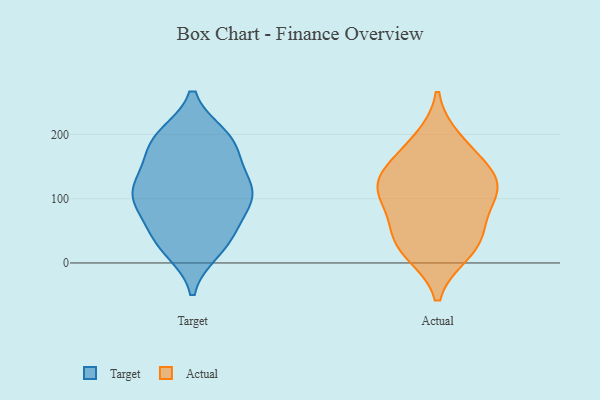
{"axis": {"x": "Energy Usage (MWh)", "y": "Value"}, "legend": ["Actual", "Target"], "data": [{"x": "", "y": 43, "type": "Target"}, {"x": "", "y": 108, "type": "Target"}, {"x": "", "y": 93, "type": "Target"}, {"x": "", "y": 20, "type": "Target"}, {"x": "", "y": 103, "type": "Target"}, {"x": "", "y": 195, "type": "Target"}, {"x": "", "y": 126, "type": "Target"}, {"x": "", "y": 123, "type": "Target"}, {"x": "", "y": 48, "type": "Target"}, {"x": "", "y": 159, "type": "Target"}, {"x": "", "y": 97, "type": "Target"}, {"x": "", "y": 193, "type": "Target"}, {"x": "", "y": 191, "type": "Target"}, {"x": "", "y": 168, "type": "Target"}, {"x": "", "y": 20, "type": "Target"}, {"x": "", "y": 121, "type": "Target"}, {"x": "", "y": 94, "type": "Target"}, {"x": "", "y": 49, "type": "Target"}, {"x": "", "y": 197, "type": "Target"}, {"x": "", "y": 107, "type": "Actual"}, {"x": "", "y": 118, "type": "Actual"}, {"x": "", "y": 122, "type": "Actual"}, {"x": "", "y": 47, "type": "Actual"}, {"x": "", "y": 107, "type": "Actual"}, {"x": "", "y": 166, "type": "Actual"}, {"x": "", "y": 191, "type": "Actual"}, {"x": "", "y": 17, "type": "Actual"}, {"x": "", "y": 23, "type": "Actual"}, {"x": "", "y": 53, "type": "Actual"}, {"x": "", "y": 140, "type": "Actual"}]}